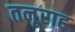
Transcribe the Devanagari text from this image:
तनूराह